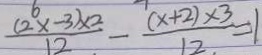
\frac { ( 2 ^ { 6 } x - 3 ) \times 2 } { 1 2 } - \frac { ( x + 2 ) \times 3 } { 1 2 } = 1